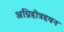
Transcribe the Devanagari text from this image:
अग्निहोत्रहवन